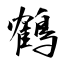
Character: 鶴